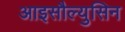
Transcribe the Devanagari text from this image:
आइसौल्युसिन